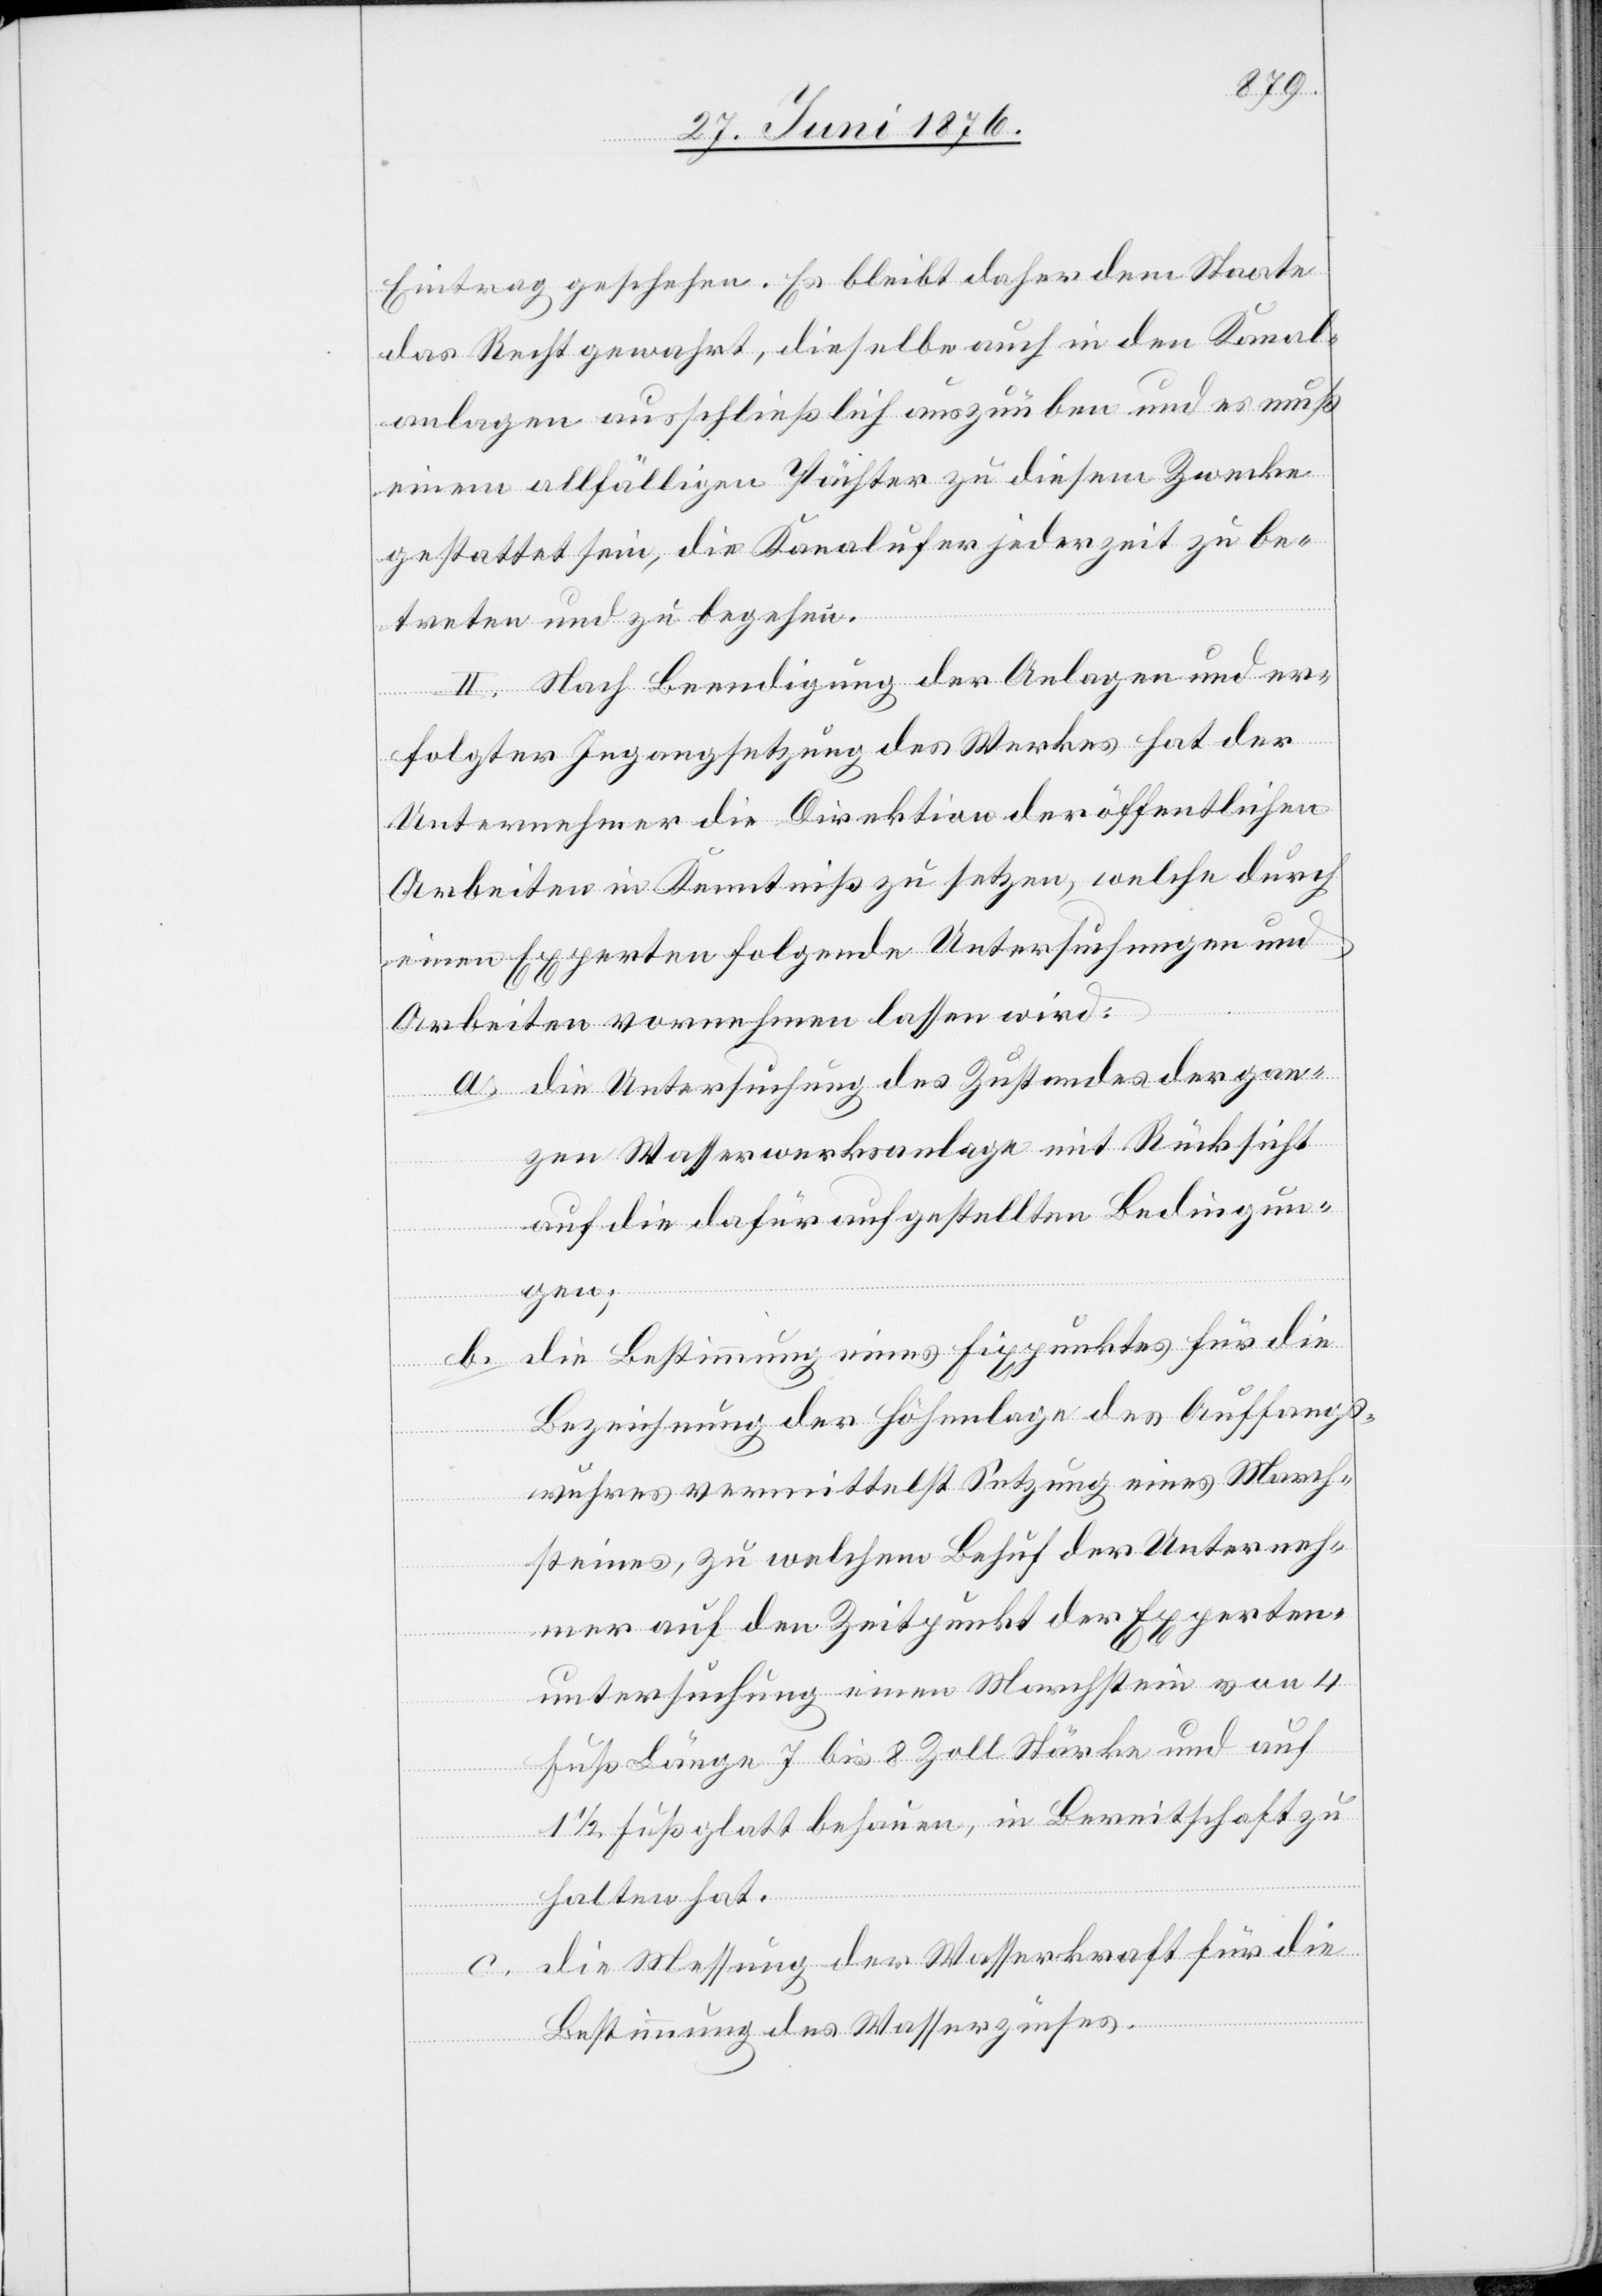
Eintrag geschehen. Es bleibt daher dem Staate
das Recht gewahrt, dieselbe auch in den Kanal¬
anlagen ausschließlich auszuüben und es muß
einem allfälligen Pächter zu diesem Zwecke
gestattet sein, die Kanalufer jederzeit zu be¬
treten und zu begehen.
II. Nach Beendigung der Anlagen und er¬
folgter Ingangsetzung des Werkes hat der
Unternehmer die Direktion der öffentlichen
Arbeiten in Kenntniß zu setzen, welche durch
einen Experten folgende Untersuchungen und
Arbeiten vornehmen lassen wird:
a. die Untersuchung des Zustandes der gan¬
zen Wasserwerksanlage mit Rücksicht
auf die dafür aufgestellten Bedingun¬
gen;
die Bestimmung eines Fixpunktes für die
Bezeichnung der Höhenlage des Auffangs¬
wuhres vermittelst Setzung eines March¬
steines, zu welchem Behuf der Unterneh¬
mer auf den Zeitpunkt der Experten¬
untersuchung einen Marchstein von 4
Fuß Länge 7 bis 8 Zoll Stärke und auf
1 1/2 Fuß glatt behauen, in Bereitschaft zu
halten hat.
c. die Messung der Wasserkraft für die
Bestimmung des Wasserzinses.